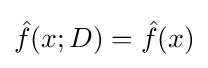
{\hat {f}}(x;D)={\hat {f}}(x)